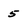
Character: 5